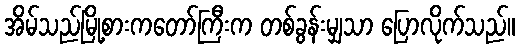
အိမ်သည်မြို့စားကတော်ကြီးက တစ်ခွန်းမျှသာ ပြောလိုက်သည်။